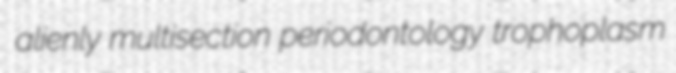
alienly multisection periodontology trophoplasm